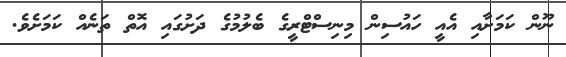
ނޫން ކަމަށާއި އެއީ ހައުސިން މިނިސްޓްރީގެ ބެލުމުގެ ދަށުގައި އޮތް ތަނެއް ކަމަށެވެ.